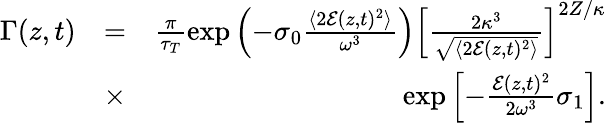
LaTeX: \begin{array}{rlr}{\Gamma(z,t)}&{=}&{\frac{\pi}{\tau_{T}}\exp\left(-\sigma_{0}\frac{\langle 2\mathcal E(z,t)^{2}\rangle}{\omega^{3}}\right)\left[\frac{2\kappa^{3}}{\sqrt{\langle 2\mathcal E(z,t)^{2}\rangle}}\right]^{2Z/\kappa}}\\ &{\times}&{\exp\left[-\frac{\mathcal E(z,t)^{2}}{2\omega^{3}}\sigma_{1}\right].}\end{array}